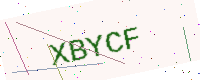
Text: XBYCF